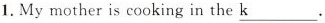
1.My mother is cooking in the \underline{k}.